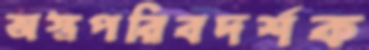
অস্ত্রপরিবদর্শক